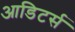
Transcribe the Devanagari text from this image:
आडिटर्स